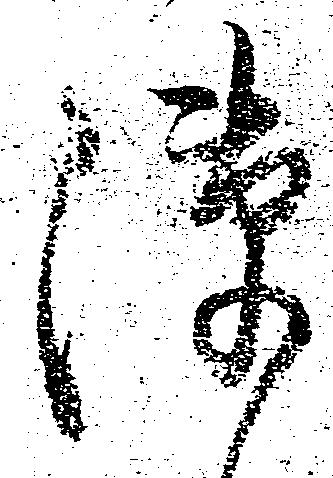
隙